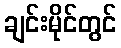
ချင်းမိုင်တွင်